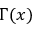
\Gamma ( x )